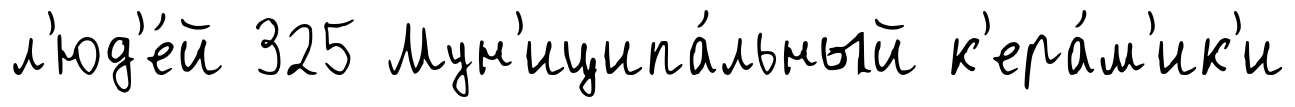
л'юд'е́й 325 Мун'иципа́льный к'ера́м'ик'и